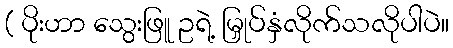
( ပိုးဟာ သွေးဖြူ ဥရဲ့ မြှုပ်နှံလိုက်သလိုပါပဲ။